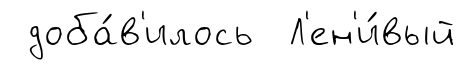
доба́в'илось Л'ен'и́вый